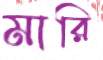
মারি